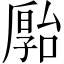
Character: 𪠗